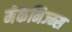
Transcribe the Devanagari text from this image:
मेकेनिज्म्स